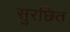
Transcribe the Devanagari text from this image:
सुरछित